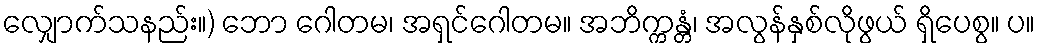
လျှောက်သနည်း။) ဘော ဂေါတမ၊ အရှင်ဂေါတမ။ အဘိက္ကန္တံ၊ အလွန်နှစ်လိုဖွယ် ရှိပေစွ။ ပ။